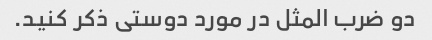
دو ضرب المثل در مورد دوستی ذکر کنید.